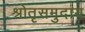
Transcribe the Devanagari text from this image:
श्रोतृसमुदाय